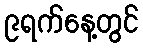
၉ရက်နေ့တွင်